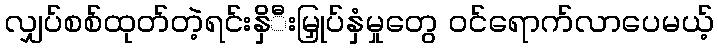
လျှပ်စစ်ထုတ်တဲ့ရင်းနှိီးမြှုပ်နှံမှုတွေ ဝင်ရောက်လာပေမယ့်